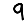
Digit: 9